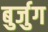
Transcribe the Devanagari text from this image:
बुर्जुग